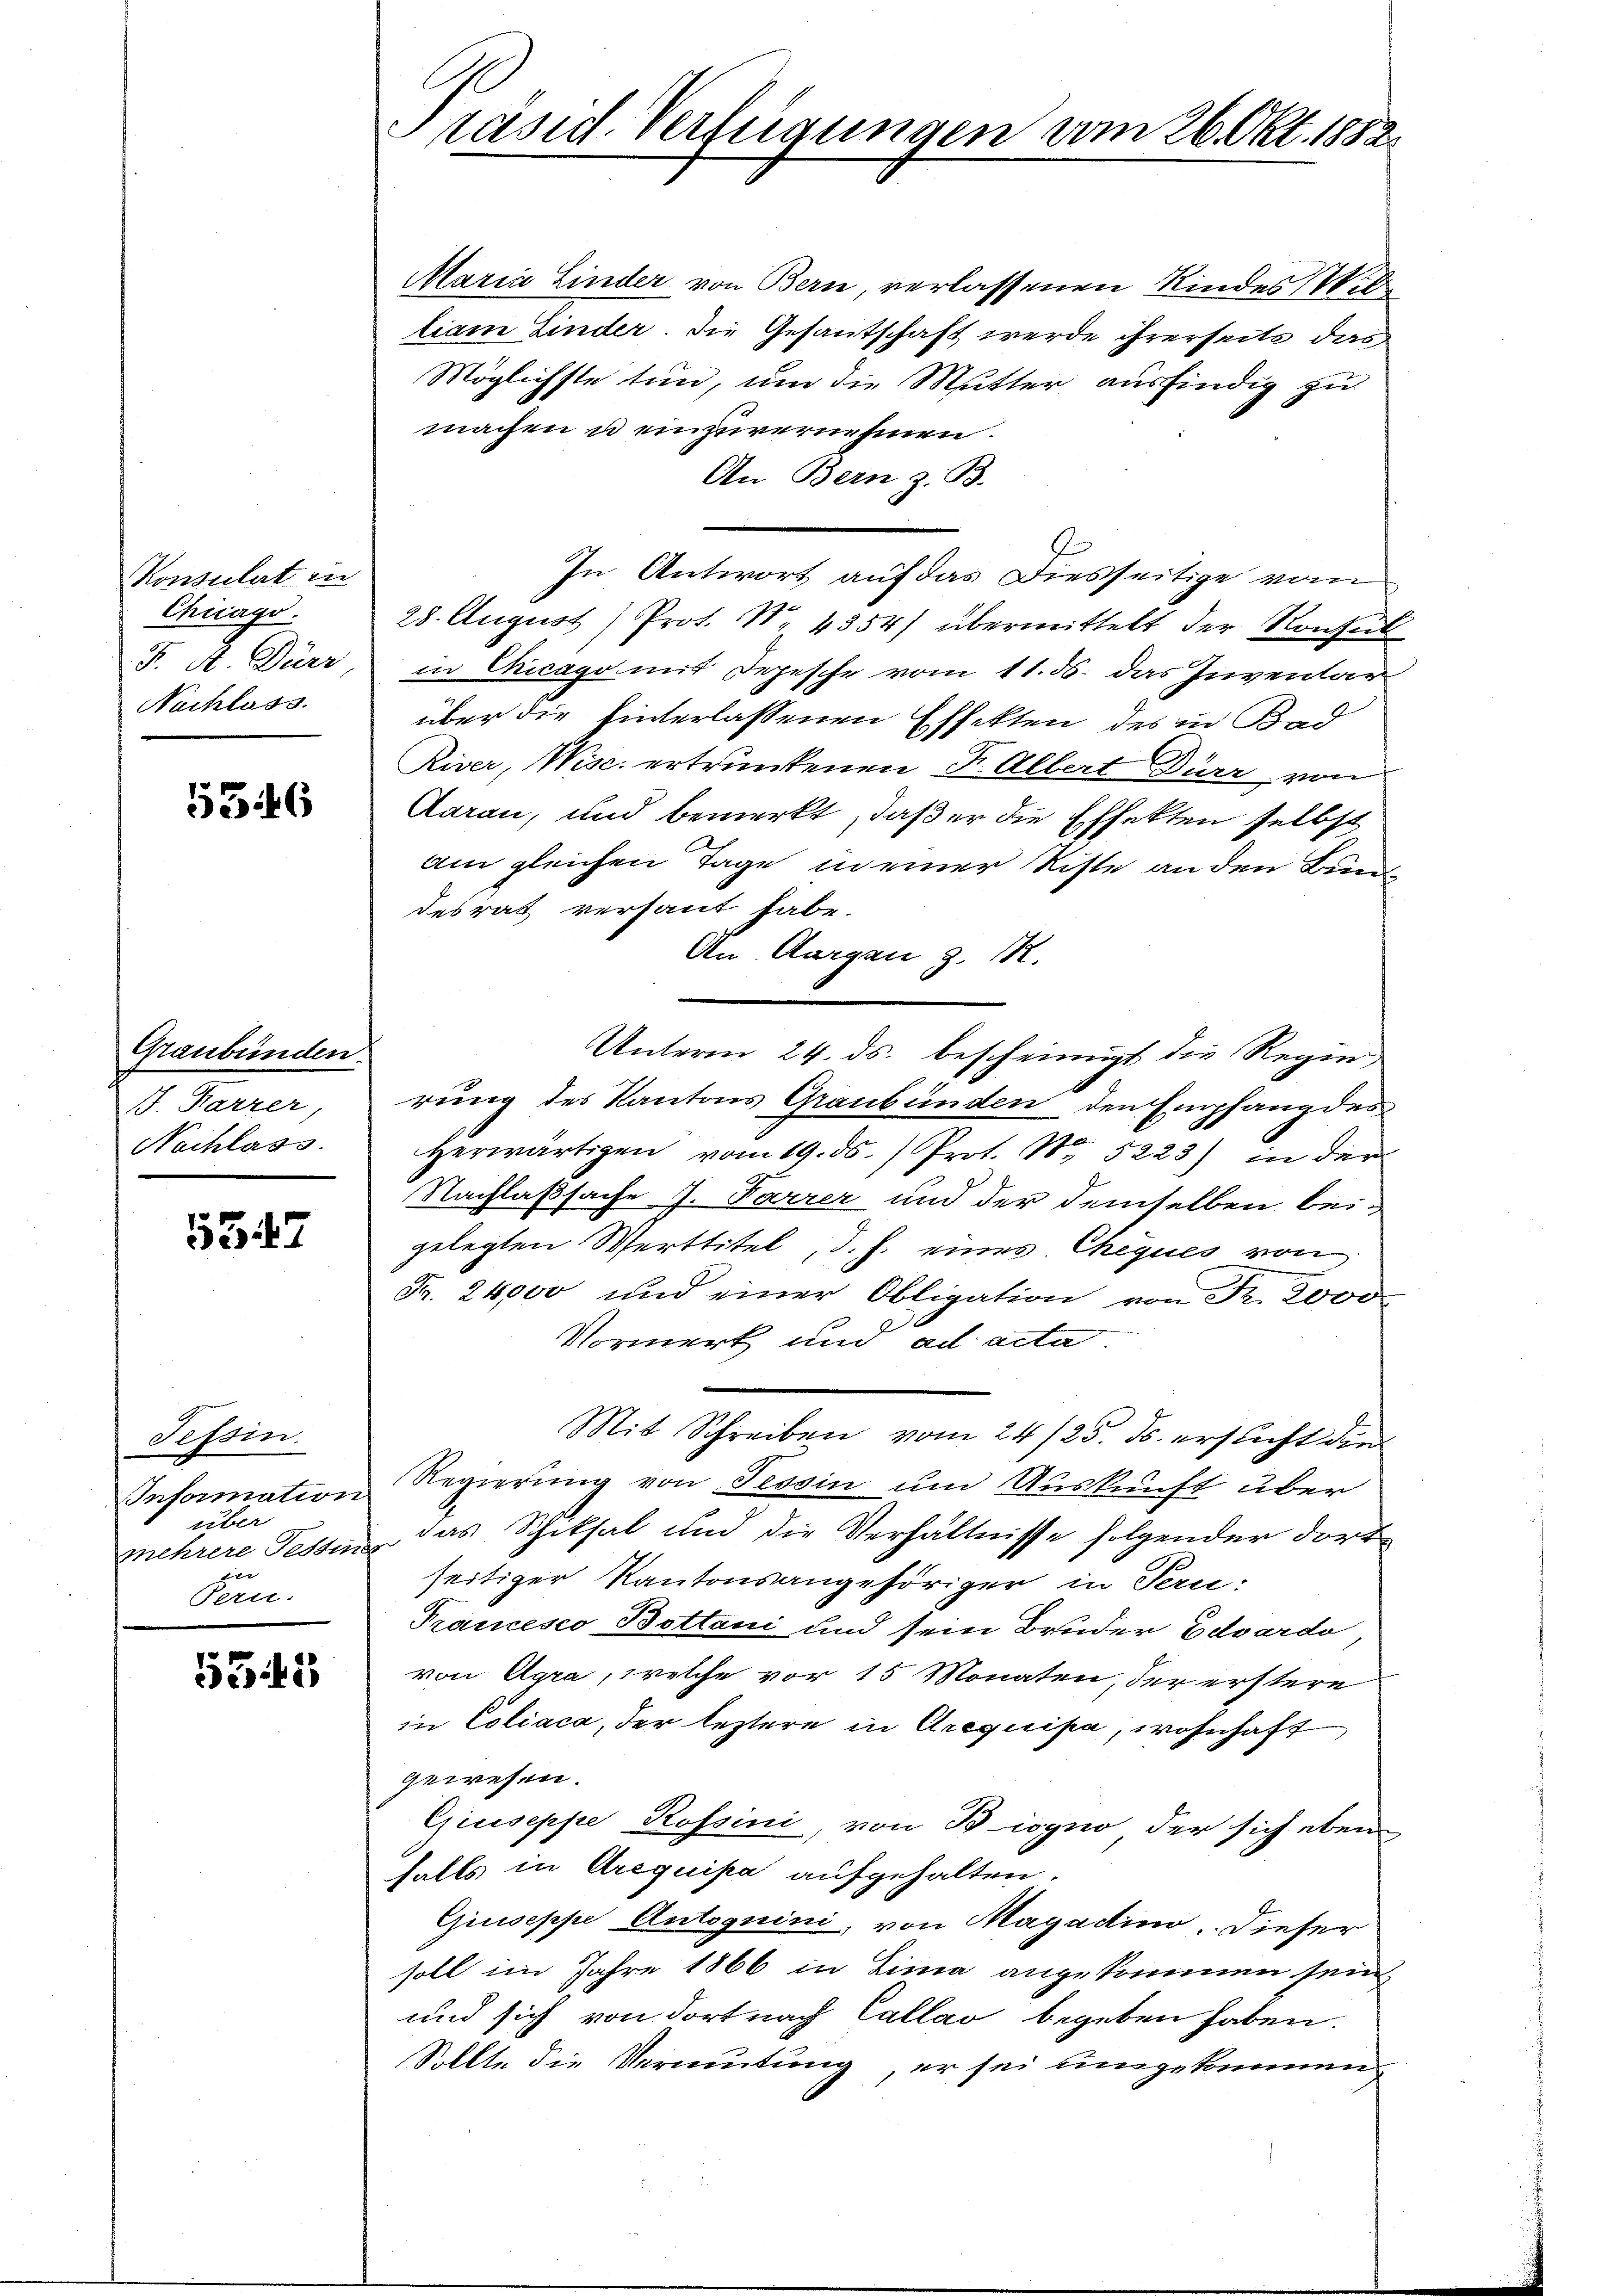
Konsulat in
Chicago
J. A. Dürr
Nachlass.

5516

Graubünden.
J. Karrer,
Nachlass.
.

5347

Tessin.
Information
über
mehrere Festunde
Pern.

535

C
räsid. Verfügungen am 26. Okt. 1882.

Maria Linder von Bern, verlassenen Kindes Wil
liam Linder. Die Gesantschaft werde ihrerseits das
Möglichste tun, um die Mutter ausfindig zu
machen u einzuvernehmen.
An Bern z. B.
In Antwort auf das Diesseitige vom
28. August) Prot. N. 4354) übermittelt der Konsul
in Chicago mit Depesche vom 11. 56. das Inventar
über die hinterlassenen Effekten des in Bad
River, Wisc. ertrunkenen Fr. Albert Dürr von
Aarau, und bemerkt, daß er die Effekten selbst
am gleichen Tage in einer Riste an den Bunde
desrat versaut habe.
An Aargau z. R.
Unterm 24. ds. bescheinigt die Regie
rung des Kantons Graubünden den Empfang des
Herwärtigen vom 19. ds. Prot. No 5223) in der
Nachlaßsache J. Parrer und der demselben beigelegten Werttitel, d. h. eines Cheques von
Fr. 24000 und einer Obligation von Fr. 20000
Vormerk und ad acta.
Mit Schreiben vom 24/25. ds. ersticht die
Regierung von Tessin um Auskunft über
das Schiksal und die Verhältnisse folgender dortseitiger Kantonsangehöriger in Tern:
Prancesco Bettani und sein Bruder Eduardo
von Agra, welche vor 15 Monaten, der erstere
in Coliaca, der leztere in Arequipa, wohnhaft
gewesen.
Giuseppe Rossini, von Biogno der sich eben
falls in Arequipa aufgehalten.
Giuseppe Autoguini, von Magadino. Dieser
soll im Jahre 1866 in Lima angekommen sein,
und sich von dort nach Callao begeben haben.
Sollte die Vermutung er sei eingekommen